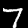
Digit: 7